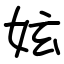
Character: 妶